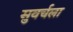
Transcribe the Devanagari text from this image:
सुवर्चला